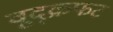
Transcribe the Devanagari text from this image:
वूद्क्रफट